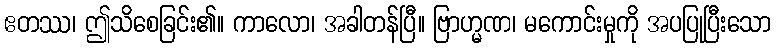
ဧတဿ၊ ဤသိစေခြင်း၏။ ကာလော၊ အခါတန်ပြီ။ ဗြာဟ္မဏ၊ မကောင်းမှုကို အပပြုပြီးသော